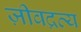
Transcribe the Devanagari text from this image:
ज़ीवद्रव्य